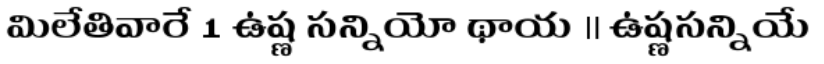
మిలేతివారే 1 ఉష్ణ సన్నియో థాయ ॥ ఉష్ణసన్నియే